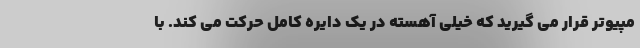
مپیوتر قرار می گیرید که خیلی آهسته در یک دایره کامل حرکت می کند. با